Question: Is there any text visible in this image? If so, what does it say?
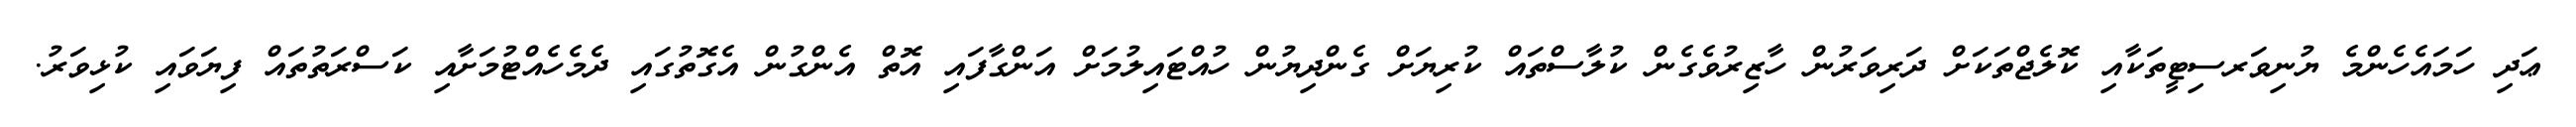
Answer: ޢަދި ހަމައެހެންމެ ޔުނިވަރސިޓީތަކާއި ކޮލެޖްތަކަށް ދަރިވަރުން ހާޒިރުވެގެން ކުލާސްތައް ކުރިޔަށް ގެންދިޔުން ހުއްޓައިލުމަށް އަންގާފައި އޮތް އެންގުން އެގޮތުގައި ދެމެހެއްޓުމަށާއި ކަސްރަތުތައް ފިޔަވައި ކުޅިވަރު.